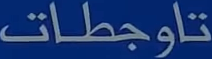
تاوجطات